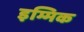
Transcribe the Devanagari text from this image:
इम्मिक